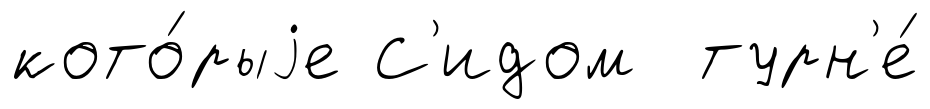
кото́рыjе С'идом турн'е́